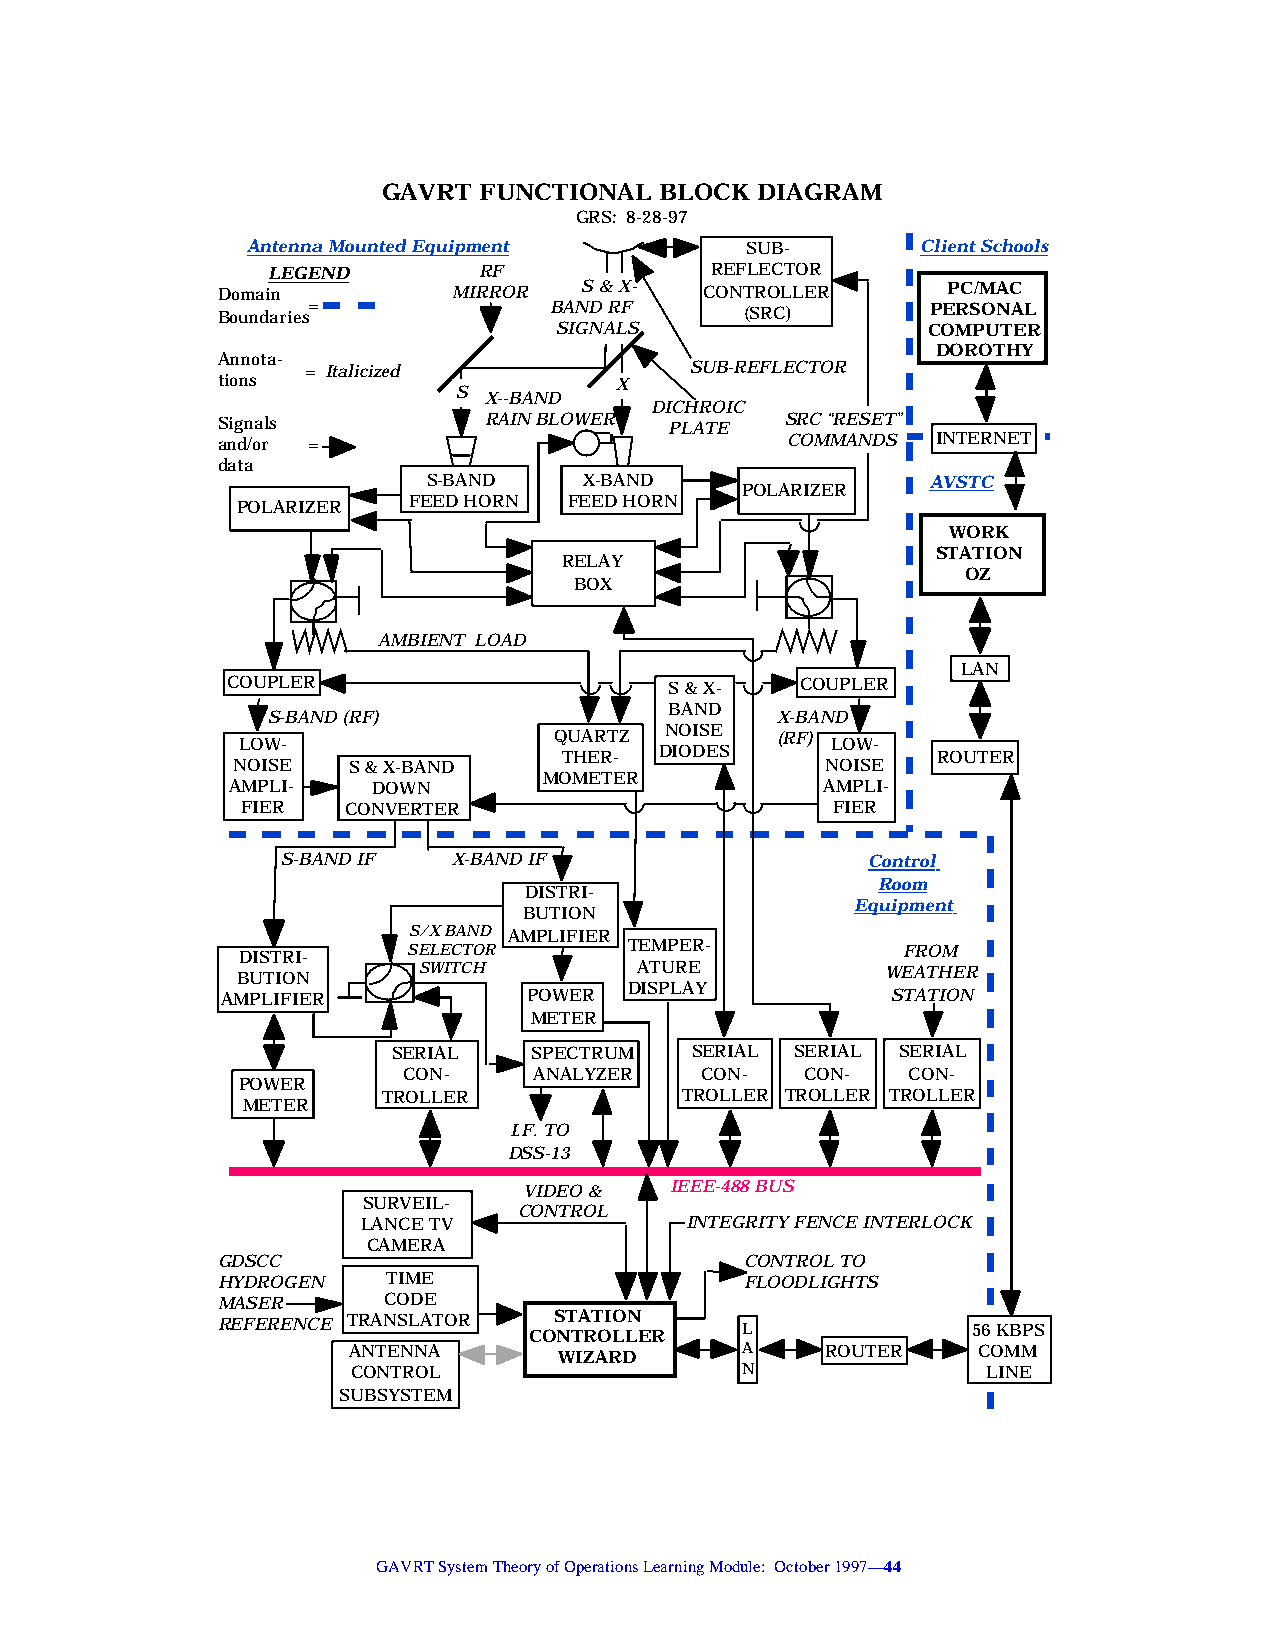
GAVRT  FUNCTIONAL  BLOCK DIAGRAM
 GRS: 8-28-97
 Antenna Mounted Equipment        SUB-        Client Schools
 LEGEND        RF             REFLECTOR
 Domain          MIRROR   S & X-  CONTROLLER      PC/MAC
 Boundaries=           BAND RF      (SRC)        PERSONAL
 SIGNALS                 COMPUTER
 DOROTHY
 Annota-
 = Italicized              SUB-REFLECTOR
 tions                      X
 S X--BAND
 DICHROIC
 Signals           RAIN BLOWER PLATE   SRC “RESET”
 and/or =                              COMMANDS  INTERNET
 data
 S-BAND     X-BAND                 AVSTC
 POLARIZER
 FEED HORN  FEED HORN
 POLARIZER
 WORK
 STATION
 RELAY
 OZ
 BOX
 AMBIENT LOAD
 LAN
 COUPLER                      S & X-   COUPLER
 BAND
 S-BAND (RF)                      X-BAND
 NOISE
 QUARTZ        (RF)
 LOW-                        DIODES     LOW-
 THER-                    ROUTER
 NOISE   S & X-BAND                      NOISE
 MOMETER
 AMPLI-    DOWN                          AMPLI-
 FIER   CONVERTER                       FIER
 S-BAND IF  X-BAND IF                  Control
 Room
 DISTRI-
 Equipment
 BUTION
 S/X BAND AMPLIFIER
 SELECTOR       TEMPER-           FROM
 DISTRI-
 SWITCH        ATURE            WEATHER
 BUTION
 AMPLIFIER           POWER  DISPLAY          STATION
 METER
 SERIAL   SPECTRUM   SERIAL SERIAL SERIAL
 CON-    ANALYZER   CON-   CON-   CON-
 POWER
 TROLLER             TROLLER TROLLER TROLLER
 METER
 I.F. TO
 DSS-13
 VIDEO &  IEEE-488 BUS
 SURVEIL-
 CONTROL
 LANCE TV             INTEGRITY FENCE INTERLOCK
 CAMERA
 GDSCC                              CONTROL TO
 HYDROGEN    TIME                   FLOODLIGHTS
 MASER      CODE
 REFERENCE TRANSLATOR   STATION
 CONTROLLER    L              56 KBPS
 ANTENNA       WIZARD      A     ROUTER    COMM
 CONTROL                   N               LINE
 SUBSYSTEM
 GAVRT System Theory of Operations Learning Module: October 1997—44